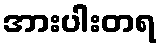
အားပါးတရ